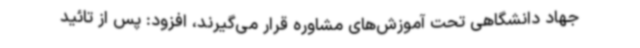
جهاد دانشگاهی تحت آموزش‌های مشاوره قرار می‌گیرند، افزود: پس از تائید